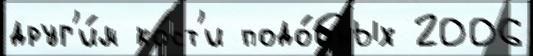
друг'и́м ко́ст'и подо́бных 2006